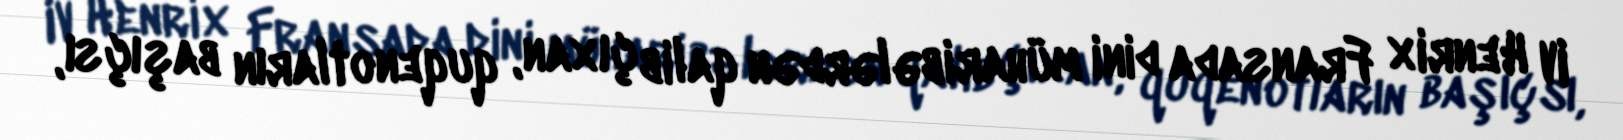
IV Henrix Fransada dini müharibələrdən qalib çıxan, quqenotların başıçsı,